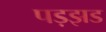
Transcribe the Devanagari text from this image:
पड़झड